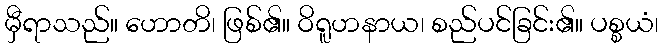
မှီရာသည်။ ဟောတိ၊ ဖြစ်၏။ ဝိရူဟနာယ၊ စည်ပင်ခြင်း၏။ ပစ္စယံ၊